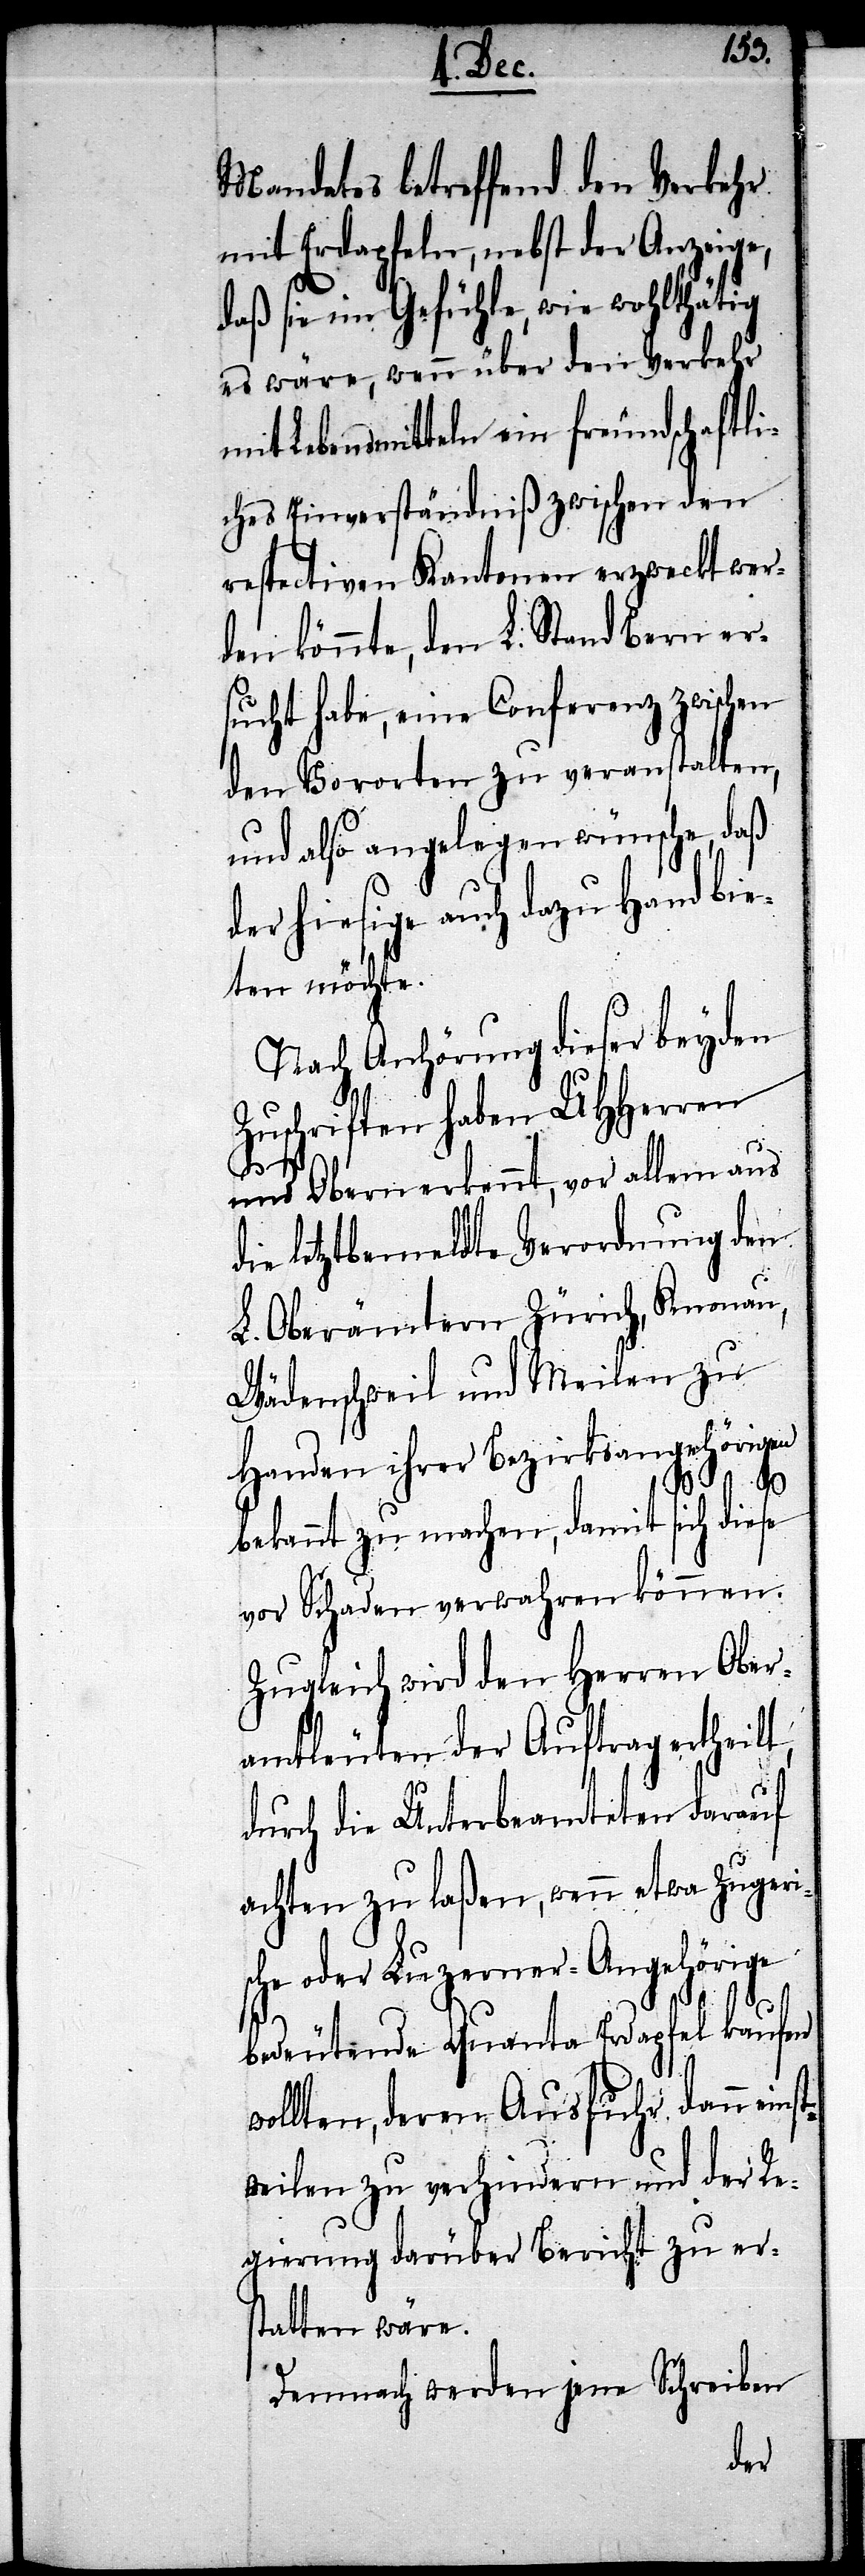
Mandates betreffend den Verkehr
mit Erdapfeln, nebst der Anzeige,
daß sie im Gefühle, wie wohlthätig
es wäre, wenn über den Verkehr
mit Lebensmittel ein freundschaftli¬
ches Einverständniß zwischen den
respectiven Kantonen erzweckt wer¬
den könnte, dem L. Stand Bern er¬
sucht habe, eine Conferenz zwischen
den Vororten zu veranstalten,
und also angelegen wünsche, daß
der hiesige auch dazu Hand bie¬
ten möchte.
Nach Anhörung dieser beyden
Zuschriften haben UHHerren
und Obern erkennt, vor allem auf
die letztbemeldte Verordnung den
L. Oberämtern Zürich, Knonau,
Wädenschweil und Meilen zu
Handen ihrer Bezirksangehörigen
bekannt zu machen, damit sich dies¬
e Schaden verwahren können.
Zugleich wird den Herren Ober¬
amtleuten der Auftrag ertheilt,
durch die Unterbeamteten darauf
achten zu laßen, wenn etwa Zugeri¬
sche oder Luzerner-Angehörige
st¬
bedeutende Quanta Erdapfel kaufen
wollten, deren Ausfuhr dann ein¬
weilen zu verhindern und der Re¬
gierung darüber Bericht zu ers¬
tatten wäre.
Demnach werden jene Schreiben